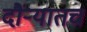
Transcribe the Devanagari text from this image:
दौर्‍यातच